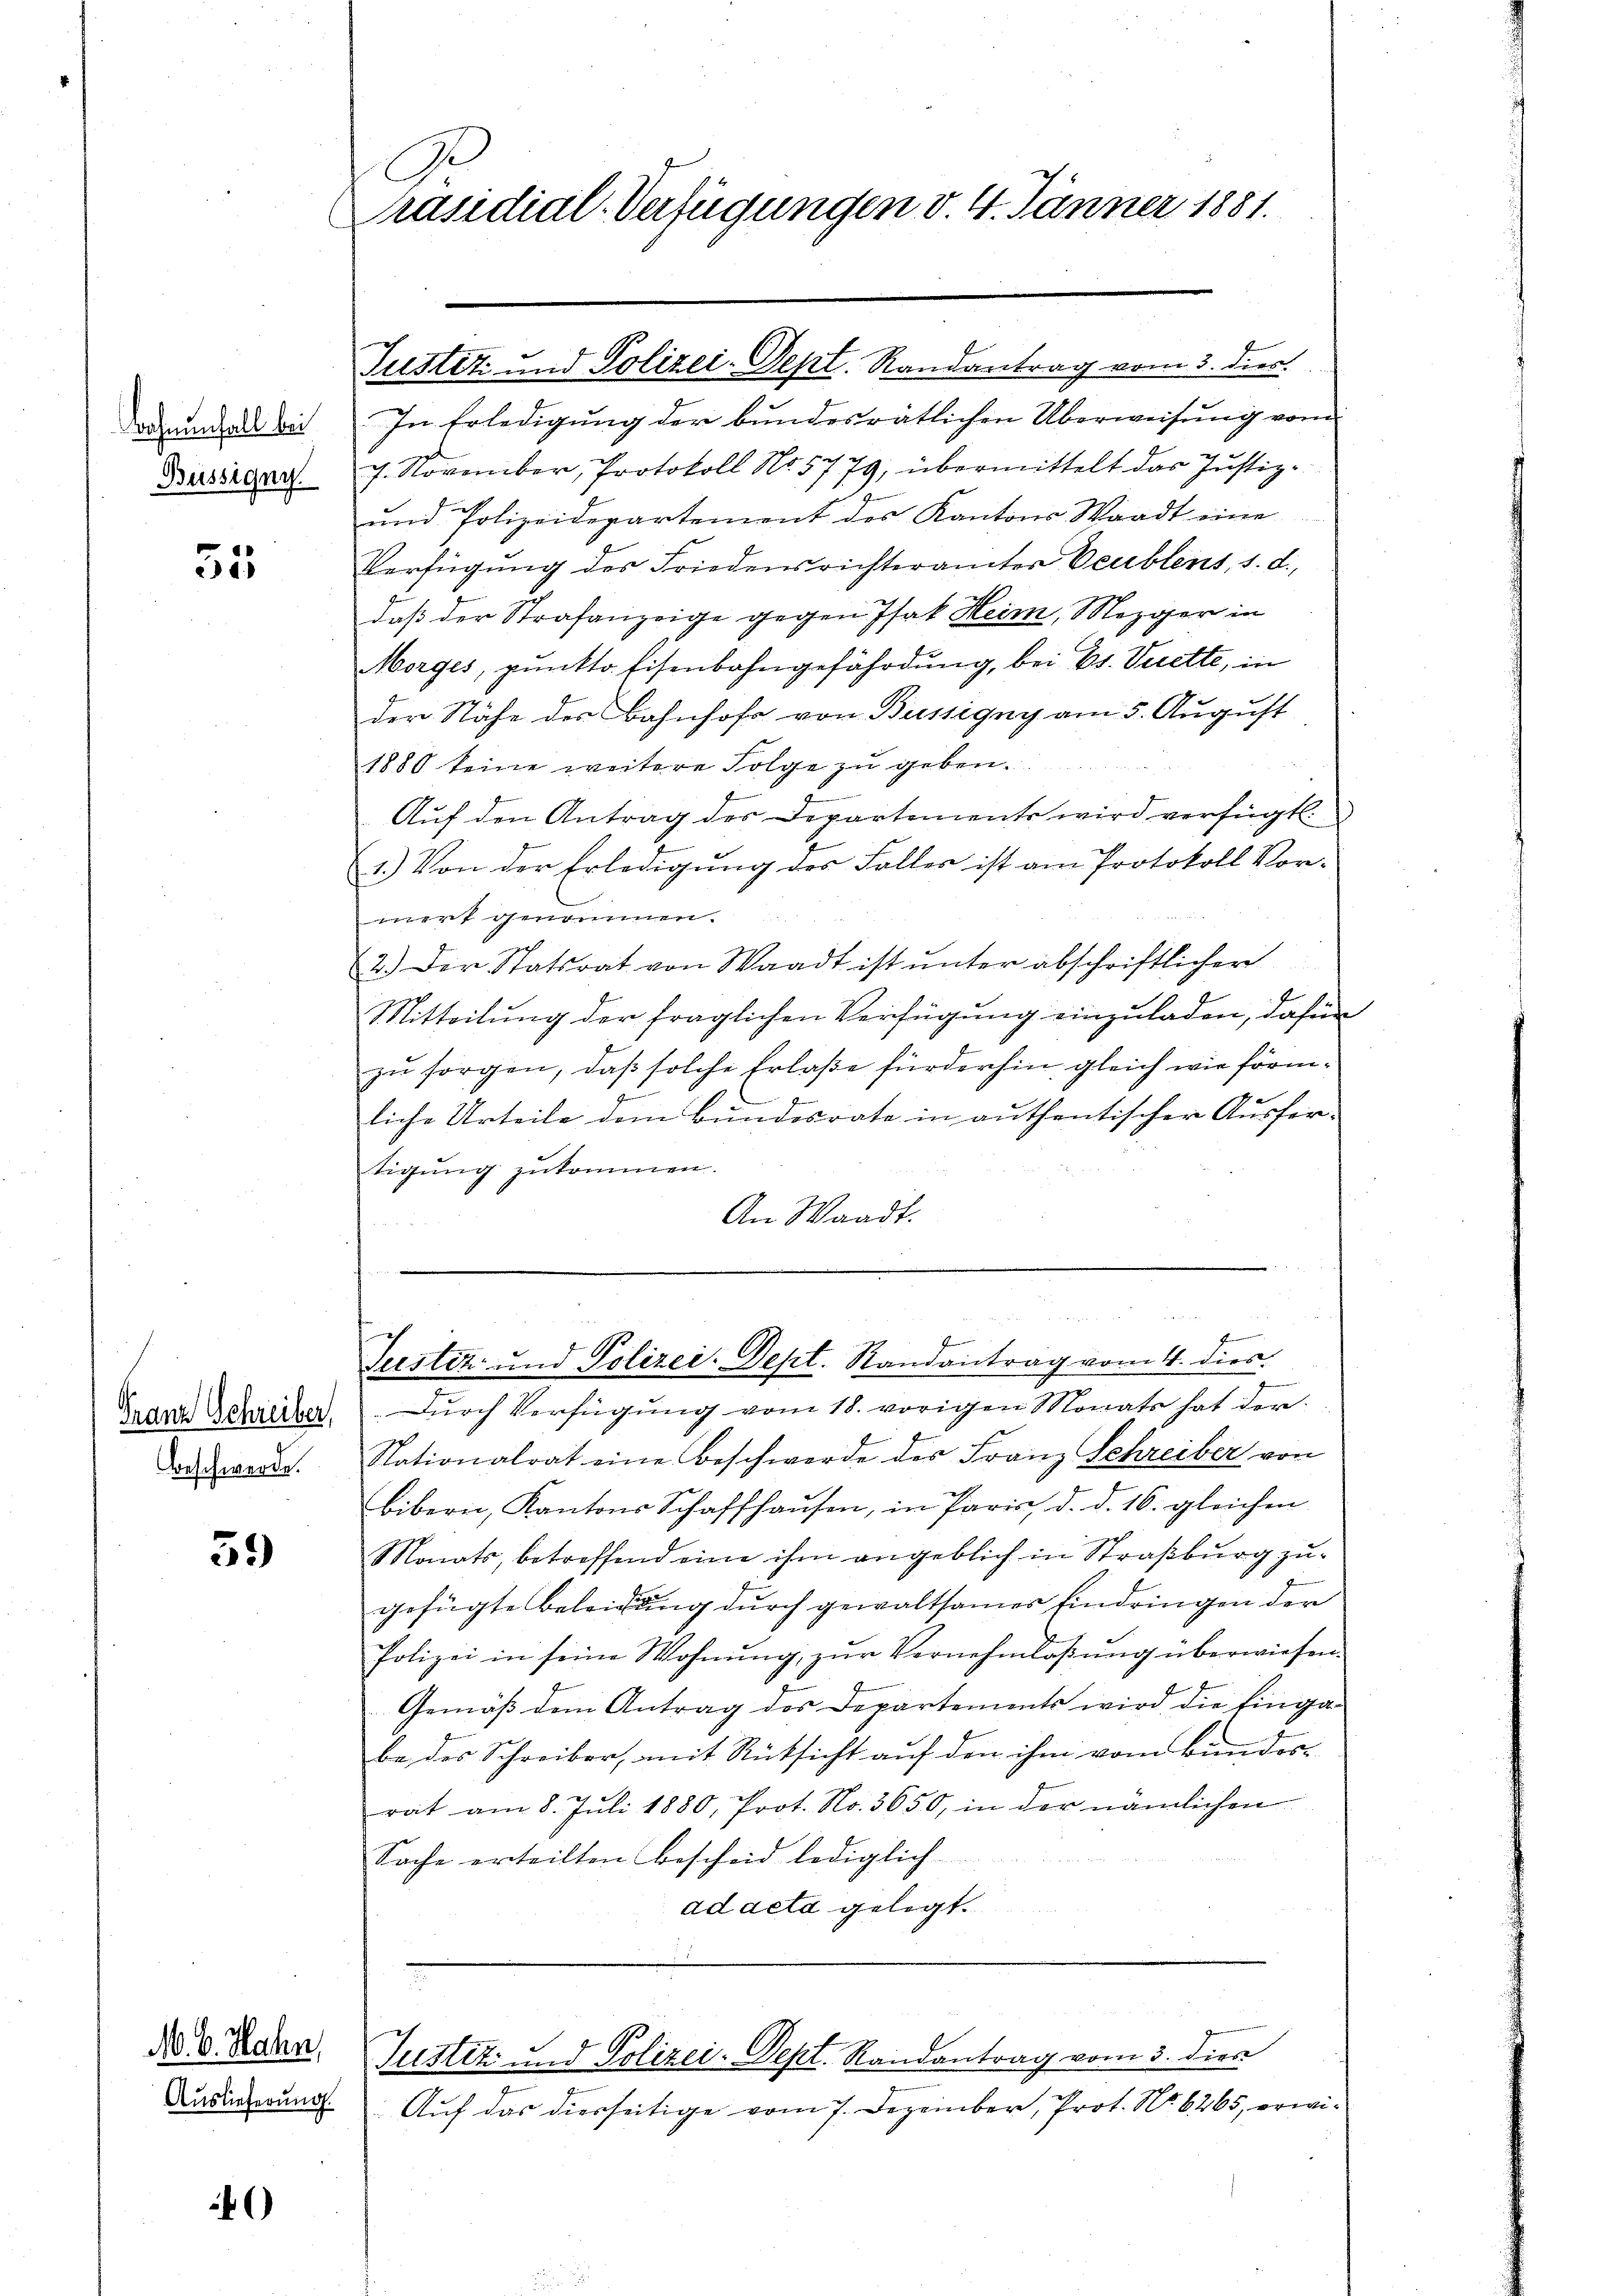
Bahnenfall bei
Büssigny

35

Franz Schreiber,
Beschwerde.

59)

Auslieferung

A. 6. Hahn,

)

Ge
räsidial-Verfügungen v. 4. Jänner 1881.

In Erledigung der bundesrätlichen Überweisung vom
7. November, Protokoll No 5779, übermittelt das Justiz-
und Polizeidepartement des Kantons Waadt eine
Verfügŭng des Friedensrichterämter Beublens, 1. d.
daß der Strafanzeige gegen Isak Heim, Mezger in
Morges, punkto Eisenbahngefährdung, bei Bs. Viette, in
der Nähe der Bahnhofs von Büssigny am 5. August
1880 keine weitere Folge zŭ geben.
Auf den Antrag des Departements wird verfügt:
1.) Von der Erledigung des Falles ist am Protokoll Vor-
mert genommen.
2.) Der Statsrat von Waadt ist unter abschriftlicher
Mitteilung der fraglichen Verfügung einzuladen, dafür
zu sorgen, daß solche Erlaße fürderhin gleich wie förm¬
Phaen
liche Urteile dem Bundesrate in authentischer Ausfertigung zukommen.
An Waadt.

Suster und Polizei-Sept. Randantrag vom 3. dies

Seestiz und Polizei-Dept. Randantrag vom 4. dies

Durch Verfügung vom 18. vorigen Monats hat der
Nationalrat eine Beschwerde des Franz Schreiber von
bibern, Kantons Schaffhaŭsen, in Paris d. d. 16. gleichen
Monats, betreffend eine ihm angeblich in Straßburg zugefügte Beleidung durch gewaltsames Eindringen der
Polizei in seine Wohnŭng, zŭr Vernehmlaβŭng überwiesen.
Gemäß dem Antrag des Departements wird die Eingabe des Schreiber, mit Rücksicht auf den ihm vom Bundorrat am 8. Juli 1880, Prot. No. 3650, in der nämlichen
Sache erteilten Bescheid lediglich
ad acta gelegt.

Justiz- und Polizei-Sept. Randantrag vom 3. dies

Auf das diesseitige vom 7. Dezember, Prot. No. 6265, erwi¬